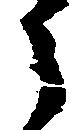
う